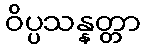
ဝိပ္ပသန္နတ္တာ